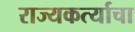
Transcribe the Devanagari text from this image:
राज्यकर्त्याचा